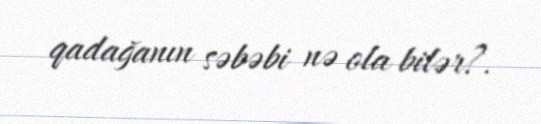
qadağanın səbəbi nə ola bilər?.